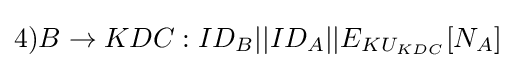
4)B\rightarrow KDC:ID_{B}||ID_{A}||E_{KU_{KDC}}[N_{A}]